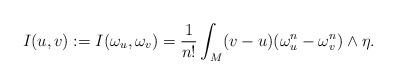
LaTeX: \begin{align*} I(u, v):=I(\omega_u, \omega_v)=\frac{1}{n!}\int_M (v-u) (\omega_u^n-\omega_v^n)\wedge \eta.\end{align*}